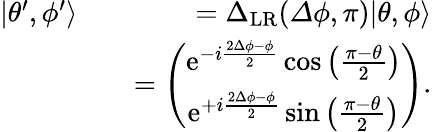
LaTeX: \begin{array}{rlr}{|\theta^{\prime},\phi^{\prime}\rangle}&{}&{={\Delta}_{\mathrm{LR}}({\mathit\Delta\phi},\pi)|\theta,\phi\rangle}\\ &{}&{=\left(\begin{array}{c}{\mathrm{e}^{-i\frac{2\Delta\phi-\phi}{2}}\cos\left(\frac{\pi-\theta}{2}\right)}\\ {\mathrm{e}^{+i\frac{2\Delta\phi-\phi}{2}}\sin\left(\frac{\pi-\theta}{2}\right)}\end{array}\right).}\end{array}